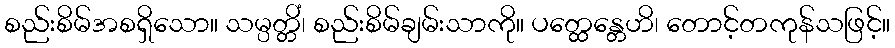
စည်းစိမ်အစရှိသော။ သမ္ပတ္တိံ၊ စည်းစိမ်ချမ်းသာကို။ ပတ္ထေန္တေဟိ၊ တောင့်တကုန်သဖြင့်။